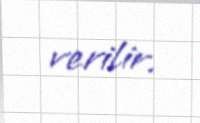
verilir.